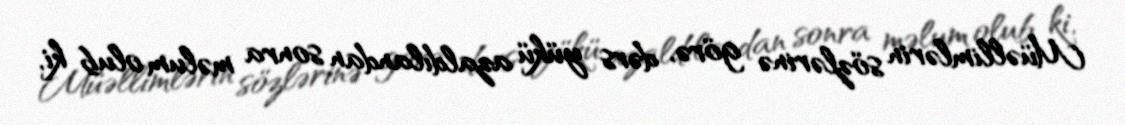
Müəllimlərin sözlərinə görə, dərs yükü azaldılandan sonra məlum olub ki,